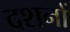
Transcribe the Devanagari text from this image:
दशनों